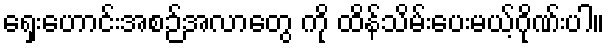
ရှေးဟောင်းအစဉ်အလာတွေ ကို ထိန်သိမ်းပေးမယ့်ဂိုဏ်းပါ။